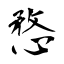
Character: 愗